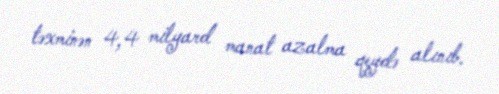
təxminən 4,4 milyard manat azalma qeydə alınıb.